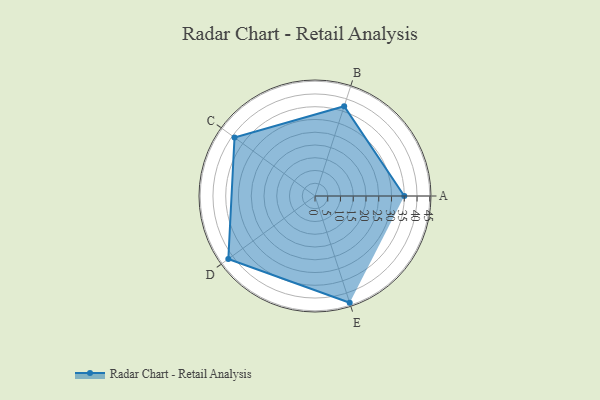
{"axis": {"x": "Skill", "y": "Score"}, "legend": ["Profile"], "data": [{"x": "A", "y": 35.0, "type": "Profile"}, {"x": "B", "y": 37.0, "type": "Profile"}, {"x": "C", "y": 39.0, "type": "Profile"}, {"x": "D", "y": 42.0, "type": "Profile"}, {"x": "E", "y": 44.0, "type": "Profile"}]}